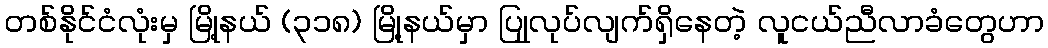
တစ်နိုင်ငံလုံးမှ မြို့နယ် (၃၁၈) မြို့နယ်မှာ ပြုုလုပ်လျက်ရှိနေတဲ့ လူငယ်ညီလာခံတွေဟာ